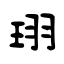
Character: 珝